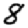
Digit: 8